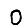
Digit: 0